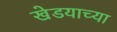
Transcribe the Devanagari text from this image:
खेडयाच्या